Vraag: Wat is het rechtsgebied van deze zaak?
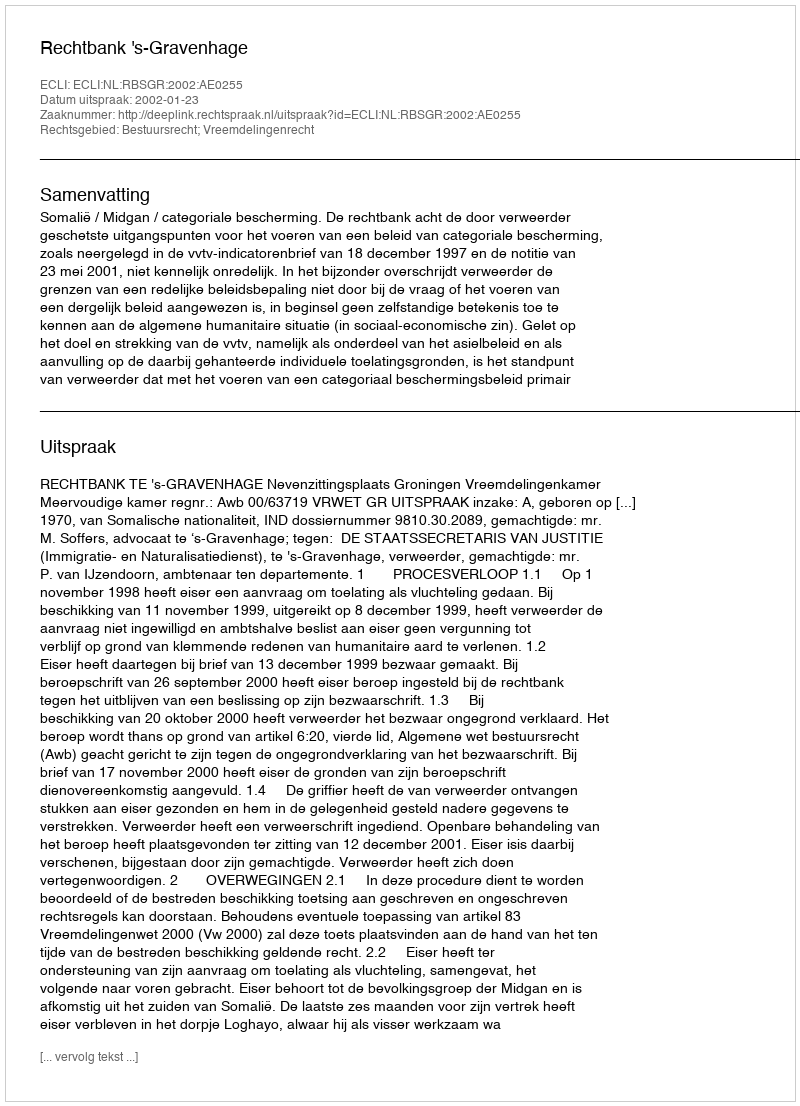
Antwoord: Bestuursrecht; Vreemdelingenrecht